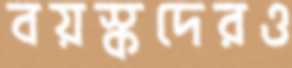
বয়স্কদেরও